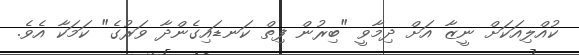
ކުއްލިއަކަށް ނީޒާ އަށް ދިމާވީ "ބިރުން ފިތް ކަނޑައިގެންދާ ވަރުގެ" ކަމަކާ އެވެ.